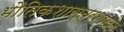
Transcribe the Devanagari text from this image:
भौतिकशास्त्रशाखेत